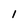
Character: 1